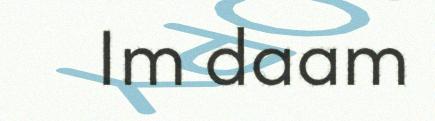
Im daam